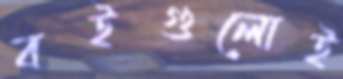
বইগুলোই